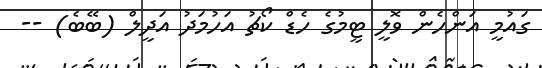
ގައުމީ އަންހެން ވޮލީ ޓީމުގެ ހެޑް ކޯޗު އަހުމަދު އަދީލް (ބޭބެ) --